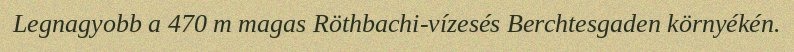
Legnagyobb a 470 m magas Röthbachi-vízesés Berchtesgaden környékén.